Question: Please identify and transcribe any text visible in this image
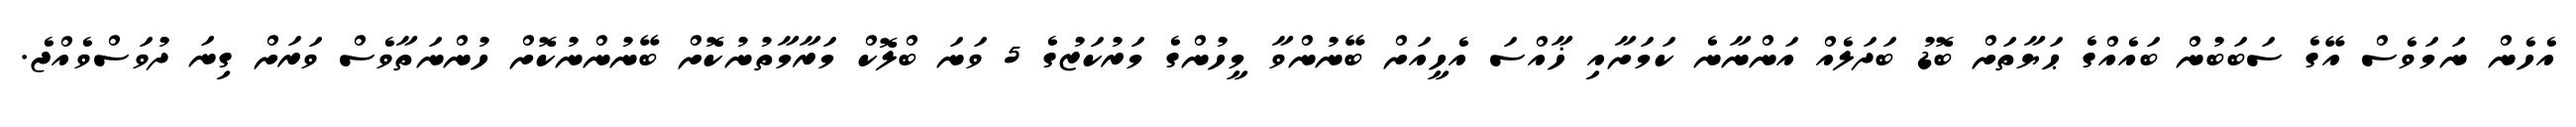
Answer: އެހެން ނަމަވެސް އޭގެ ސަބަބުން ބައެއްގެ ޙަޔާތަށް ބޮޑު ބަދަލެއް އަންނާނެ ކަމަށާއި ޚާއްސަ އެހީއަށް ބޭނުންވާ މީހުންގެ މަރުކަޒުގެ 5 ވަނަ ބްލޮކް މަރާމާތުނުކޮށް ބޭނުންނުކޮށް ހުންނަތާވެސް ވަރަށް ގިނަ ދުވަސްވެއްޖެ.